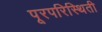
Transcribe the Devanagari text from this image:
पूरपरिस्थिती